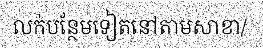
លក់បន្ថែមទៀតនៅតាមសាខា/